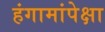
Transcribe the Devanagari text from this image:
हंगामांपेक्षा